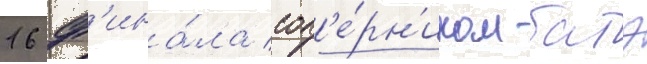
16 ф'ина́ла соп'е́рн'иком батэ